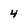
Character: 4